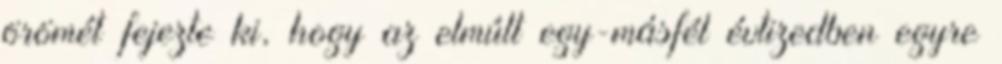
örömét fejezte ki, hogy az elmúlt egy-másfél évtizedben egyre